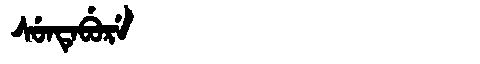
Manchu: ᠰᡠᠨᡨᡝᠪᡠᡵᡝ
Romanization: SUNTEBURE